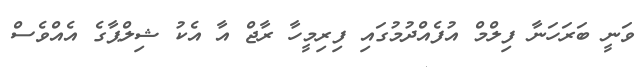
ވަނީ ބަރަހަނާ ފިލްމް އުފެއްދުމުގައި ފިރިމީހާ ރާޖް އާ އެކު ޝިލްޕާގެ އެއްވެސް